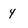
Character: 4